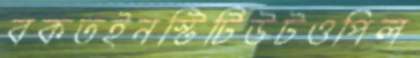
বকতইনস্টিটিউটওপিল